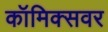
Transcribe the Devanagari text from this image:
कॉमिक्सवर